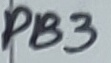
Text: PB3